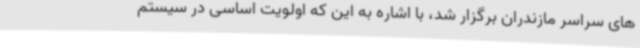
های سراسر مازندران برگزار شد، با اشاره به این که اولویت اساسی در سیستم